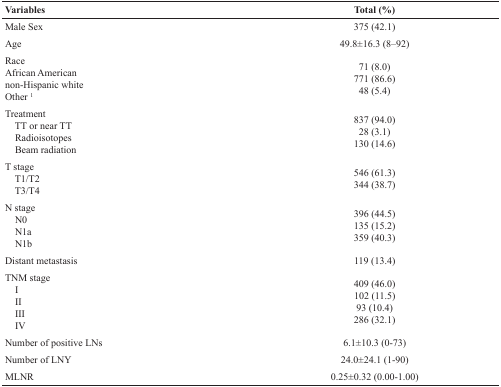
| Variables | Total (%) |
 | --- | --- |
 | Male Sex | 375 (42.1) |
 | Age | 49.8±16.3 (8–92) |
 | RaceAfrican Americannon-Hispanic whiteOther 1 | 71 (8.0)771 (86.6)48 (5.4) |
 | Treatment TT or near TT Radioisotopes Beam radiation | 837 (94.0)28 (3.1)130 (14.6) |
 | T stage T1/T2 T3/T4 | 546 (61.3)344 (38.7) |
 | N stage N0 N1a N1b | 396 (44.5)135 (15.2)359 (40.3) |
 | Distant metastasis | 119 (13.4) |
 | TNM stage I II III IV | 409 (46.0)102 (11.5)93 (10.4)286 (32.1) |
 | Number of positive LNs | 6.1±10.3 (0-73) |
 | Number of LNY | 24.0±24.1 (1-90) |
 | MLNR | 0.25±0.32 (0.00-1.00) |